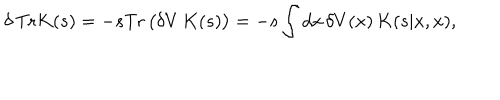
\delta \, \mathrm { T r } K ( s ) = - s \mathrm { T r } \, \big ( \delta V \, K ( s ) \big ) = - s \int d x \, \delta V ( x ) \, K ( s | x , x ) ,